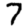
Digit: 7